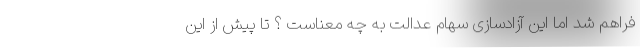
فراهم شد اما این آزادسازی سهام عدالت به چه معناست ؟ تا پیش از این